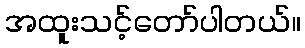
အထူးသင့်တော်ပါတယ်။